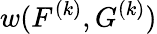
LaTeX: w(F^{(k)},G^{(k)})